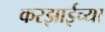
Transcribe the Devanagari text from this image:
करझाईच्या